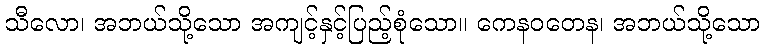
သီလော၊ အဘယ်သို့သော အကျင့်နှင့်ပြည့်စုံသော။ ကေနဝတေန၊ အဘယ်သို့သော